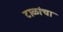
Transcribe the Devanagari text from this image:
टाळांचा